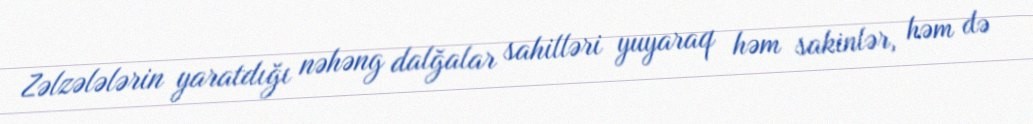
Zəlzələlərin yaratdığı nəhəng dalğalar sahilləri yuyaraq həm sakinlər, həm də